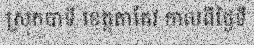
ស្រុកបាទី ខេត្តតាកែវ កាលពីថ្ងៃទី